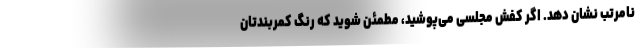
نامرتب نشان دهد. اگر کفش مجلسی می‌پوشید، مطمئن شوید که رنگ کمربندتان